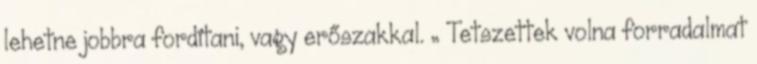
lehetne jobbra fordítani, vagy erőszakkal. „ Tetszettek volna forradalmat